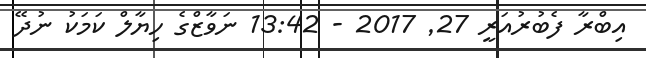
އިބްރާ ފެބުރުއަރީ 27